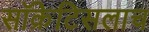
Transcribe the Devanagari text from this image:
सॉक्रेटिसलाच